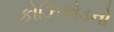
કોઝિકોડનો